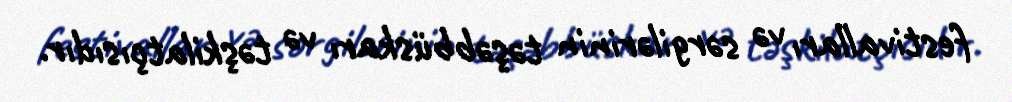
festivalları və sərgilərinin təşəbbüskarı və təşkilatçısıdır.